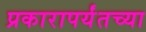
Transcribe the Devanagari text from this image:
प्रकारापर्यंतच्या